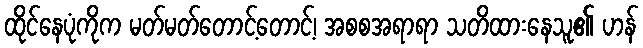
ထိုင်နေပုံကိုက မတ်မတ်တောင့်တောင့်၊ အစစအရာရာ သတိထားနေသူ၏ ဟန်